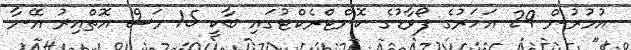
އުމުރުން 29 އަހަރުގެ ފޯވާޑުގެ ކޮންޓްރެކްޓުގައި ބާކީ 15 މަސް އޮތްއިރު އޭނާ